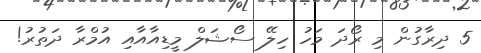
5 ދިރާގުން މި ރޯދަ މަހު ހިލޭ ސޯޝަލް މީޑިއާއާއި އުމްރާ ދަތުރު!